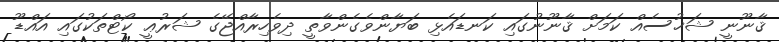
ޤާނޫނީ ޝަޚުސެއް ކަމަށް ޤާނޫނުގައި ކަނޑައެޅި ބަޔާންވެގެންވާތީ ދިވެހިރާއްޖޭގެ ޝަރުޢީ ކޯޓްތަކުގައި އައްޑޫ